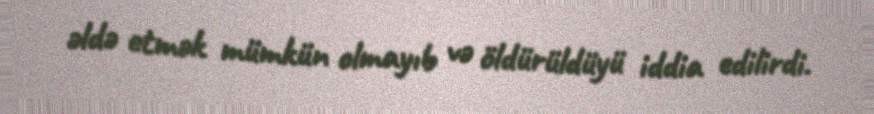
əldə etmək mümkün olmayıb və öldürüldüyü iddia edilirdi.